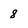
Character: 8